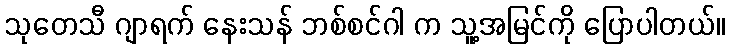
သုတေသီ ဂျာရက် နေးသန် ဘစ်စင်ဂါ က သူ့အမြင်ကို ပြောပါတယ်။